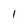
Character: 1